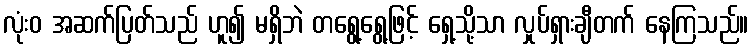
လုံးဝ အဆက်ပြတ်သည် ဟူ၍ မရှိဘဲ တရွေ့ရွေ့ဖြင့် ရှေ့သို့သာ လှုပ်ရှားချီတက် နေကြသည်။